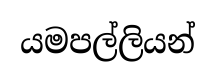
යමපල්ලියන්